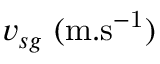
v _ { s g } ~ ( \mathrm { m . s ^ { - 1 } } )